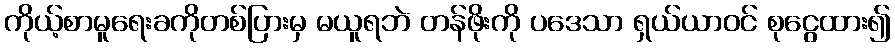
ကိုယ့်စာမူရေးခကိုတစ်ပြားမှ မယူရဘဲ တန်ဖိုးကို ပဒေသာ ရှယ်ယာဝင် စုငွေထား၍